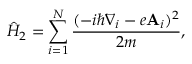
\hat { H } _ { 2 } = \sum _ { i = 1 } ^ { N } \frac { ( - i \hbar \nabla _ { i } - e \mathbf { A } _ { i } ) ^ { 2 } } { 2 m } ,